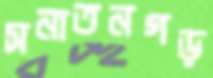
সনাতনগড়